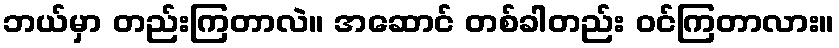
ဘယ်မှာ တည်းကြတာလဲ။ အဆောင် တစ်ခါတည်း ဝင်ကြတာလား။